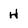
Character: H